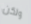
ولكن